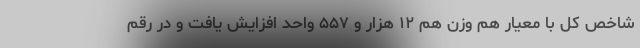
شاخص کل با معیار هم وزن هم ۱۲ هزار و ۵۵۷ واحد افزایش یافت و در رقم